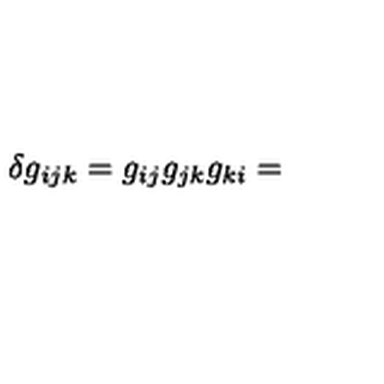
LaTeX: \delta { } g _ { i j k } = g _ { i j } g _ { j k } g _ { k i } =